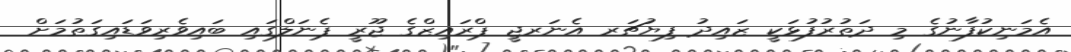
އެމަނިކުފާނުގެ މި ދަތުރުފުޅަކީ ޒައިދު ފިޔުޗަރ އެނަރޖީ ޕްރައިޒްގެ ޖޫރީ ޕެނަލްގައި ބައިވެރިވަޑައިގަތުމަށް